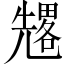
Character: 𠓀